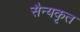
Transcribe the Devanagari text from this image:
सैन्यकृत